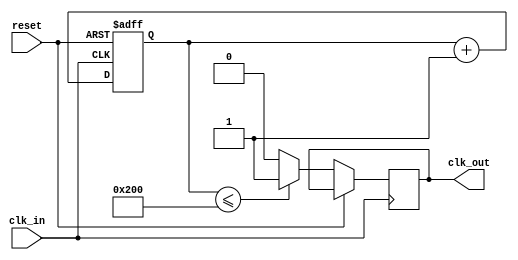
// Divider for clock with internal counter
module clock_devider(reset, clk_in, clk_out);

parameter WIDTH = 10;
input clk_in;
input reset;

output reg clk_out;


reg [WIDTH-1 : 0] prescaler;

initial prescaler = 0;

always @(posedge clk_in or posedge reset) begin
	if(reset) prescaler = 0;
	else begin
		if (prescaler <= (2**WIDTH)/2) clk_out = 1'b1;
		else clk_out = 1'b0;
		prescaler = prescaler + 1'b1;	
	end
end

endmodule